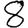
Digit: 8